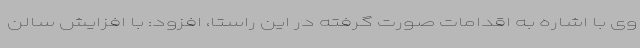
وی با اشاره به اقدامات صورت گرفته در این راستا، افزود: با افزایش سالن